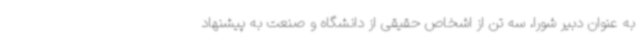
به عنوان دبیر شورا، سه تن از اشخاص حقیقی از دانشگاه و صنعت به پیشنهاد